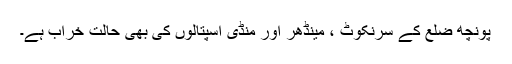
پونچھ ضلع کے سرنکوٹ ، مینڈھر اور منڈی اسپتالوں کی بھی حالت خراب ہے۔